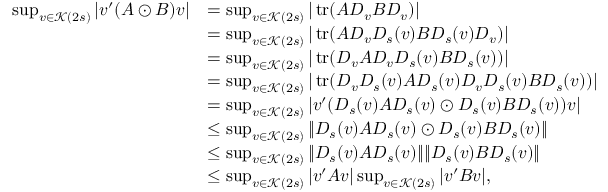
\begin{array} { r l } { \operatorname* { s u p } _ { v \in \mathcal { K } ( 2 s ) } | v ^ { \prime } ( A \odot B ) v | } & { = \operatorname* { s u p } _ { v \in \mathcal { K } ( 2 s ) } | \operatorname { t r } ( A D _ { v } B D _ { v } ) | } \\ & { = \operatorname* { s u p } _ { v \in \mathcal { K } ( 2 s ) } | \operatorname { t r } ( A D _ { v } D _ { s } ( v ) B D _ { s } ( v ) D _ { v } ) | } \\ & { = \operatorname* { s u p } _ { v \in \mathcal { K } ( 2 s ) } | \operatorname { t r } ( D _ { v } A D _ { v } D _ { s } ( v ) B D _ { s } ( v ) ) | } \\ & { = \operatorname* { s u p } _ { v \in \mathcal { K } ( 2 s ) } | \operatorname { t r } ( D _ { v } D _ { s } ( v ) A D _ { s } ( v ) D _ { v } D _ { s } ( v ) B D _ { s } ( v ) ) | } \\ & { = \operatorname* { s u p } _ { v \in \mathcal { K } ( 2 s ) } | v ^ { \prime } ( D _ { s } ( v ) A D _ { s } ( v ) \odot D _ { s } ( v ) B D _ { s } ( v ) ) v | } \\ & { \leq \operatorname* { s u p } _ { v \in \mathcal { K } ( 2 s ) } \| D _ { s } ( v ) A D _ { s } ( v ) \odot D _ { s } ( v ) B D _ { s } ( v ) \| } \\ & { \leq \operatorname* { s u p } _ { v \in \mathcal { K } ( 2 s ) } \| D _ { s } ( v ) A D _ { s } ( v ) \| \| D _ { s } ( v ) B D _ { s } ( v ) \| } \\ & { \leq \operatorname* { s u p } _ { v \in \mathcal { K } ( 2 s ) } | v ^ { \prime } A v | \operatorname* { s u p } _ { v \in \mathcal { K } ( 2 s ) } | v ^ { \prime } B v | , } \end{array}